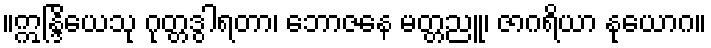
။ဣန္ဒြိယေသု ဂုတ္တဒွါရတာ၊ ဘောဇနေ မတ္တညူ၊ ဇာဂရိယာ နုယောဂ။